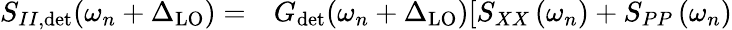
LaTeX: \begin{array}{rl}{S_{II,\mathrm{det}}(\omega_{n}+\Delta_{\mathrm{LO}})=}&{{}G_{\mathrm{det}}(\omega_{n}+\Delta_{\mathrm{LO}})[S_{XX}\left(\omega_{n}\right)+S_{PP}\left(\omega_{n}\right)}\end{array}